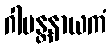
ဂါမန္တနာယကံ